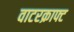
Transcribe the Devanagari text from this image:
वाटरक्राफ्ट